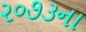
૨૦૭૩ના